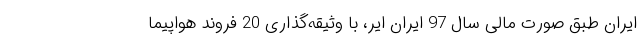
ایران طبق صورت مالی سال 97 ایران ایر، با وثیقه‌گذاری 20 فروند هواپیما